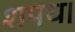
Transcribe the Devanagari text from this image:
शपथ।